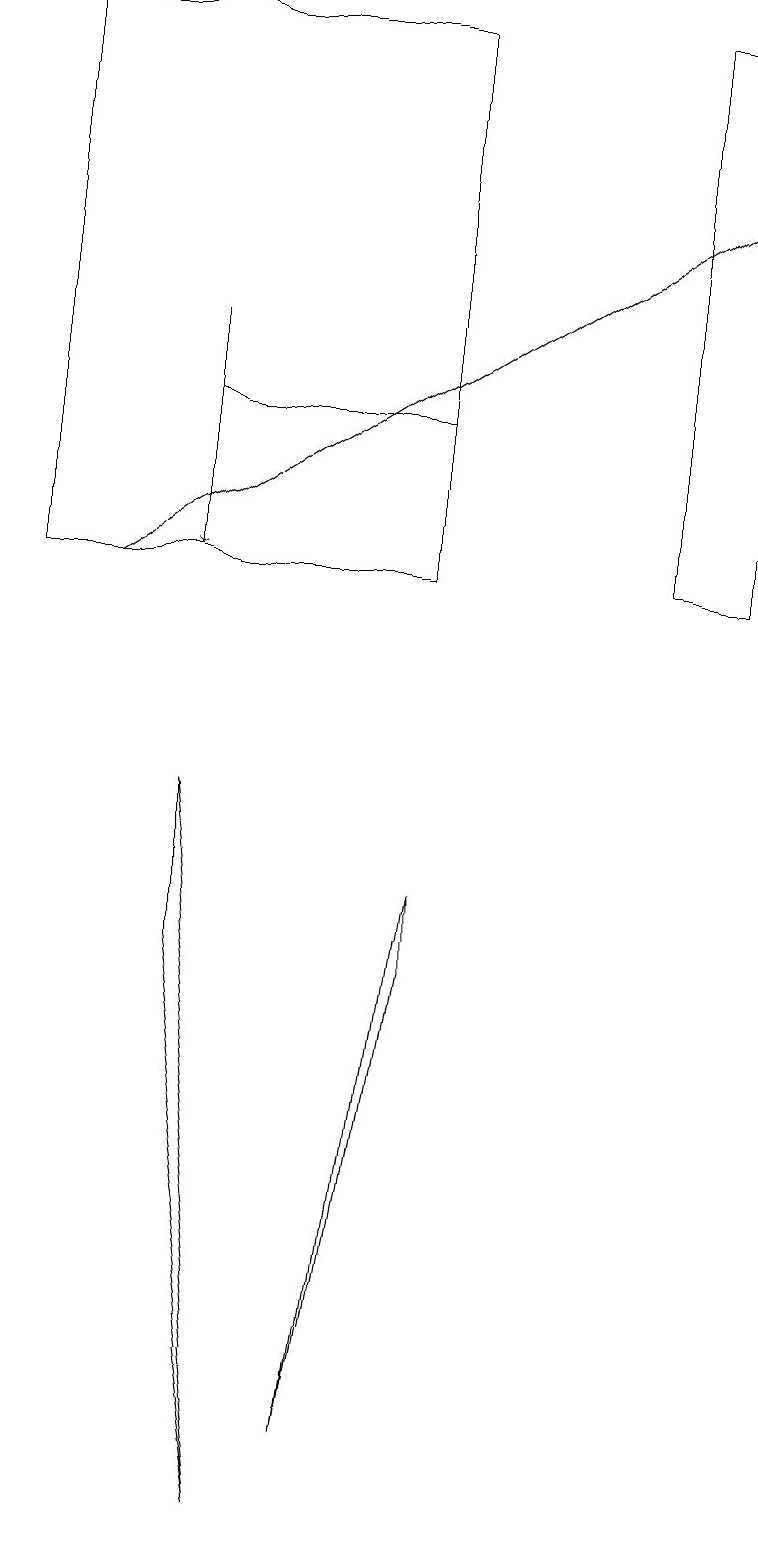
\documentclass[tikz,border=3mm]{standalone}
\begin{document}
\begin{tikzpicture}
\draw (0,19) rectangle (5,12);
\draw (8,19) rectangle (9,12);
\draw[->] (1,12) -- (9,17);
\draw[->] (2,15) -- (2,12);
\draw (2,7) -- (2,9) -- (3,0) -- cycle;
\draw (2,14) rectangle (5,12);
\draw (5,8) -- (4,1) -- (5,7) -- cycle;
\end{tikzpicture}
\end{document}